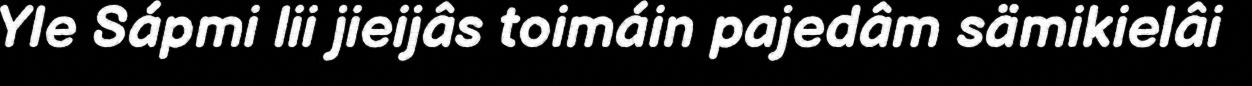
Yle Sápmi lii jieijâs toimáin pajedâm sämikielâi